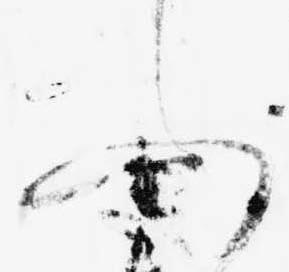
ふ